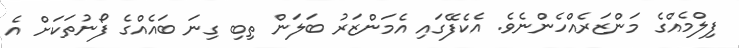
ފިލްމެއްގެ މަންޒަރެއްހެންނެވެ. އެކެފޭގައި އެމަންޒަރު ބަލަން ތިބި ގިނަ ބައެއްގެ ފޯނުތަކަށް އެ